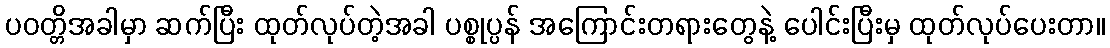
ပဝတ္တိအခါမှာ ဆက်ပြီး ထုတ်လုပ်တဲ့အခါ ပစ္စုပ္ပန် အကြောင်းတရားတွေနဲ့ ပေါင်းပြီးမှ ထုတ်လုပ်ပေးတာ။